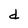
Character: d